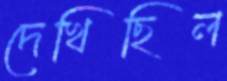
দেখিছিল